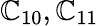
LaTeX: \mathbb{C}_{10},\mathbb{C}_{11}